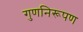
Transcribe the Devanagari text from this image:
गुणनिरूपण